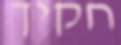
חקיך